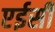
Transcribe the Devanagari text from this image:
एईसी